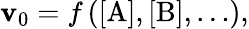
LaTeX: \mathbf{v}_{0}=f\left([\mathrm{{A}}],[\mathrm{{B}}],\ldots\right),